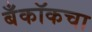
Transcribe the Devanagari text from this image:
बँकॉकचा